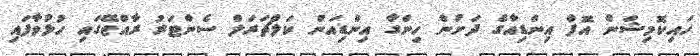
ހައިކޮމިޝަން އޮފް އިންޑިއާގެ ދަށުން ހިންގާ އިންޑިއަން ކަލްޗަރަލް ސެންޓަރު ރާއްޖޭގައި ހުޅުވާފައި